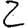
Digit: 2